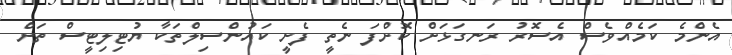
އެންމެ ކަމެއްވެސް އެސޮރު ރަނގަޅަށް ކޮށްފަ ނެތީ ފެށީ ކައުންސިލްތަކާ ޔުޓިލިޓީސް ތަށް